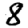
Digit: 8